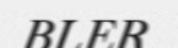
BLER